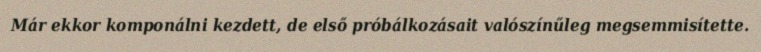
Már ekkor komponálni kezdett, de első próbálkozásait valószínűleg megsemmisítette.